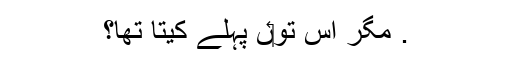
. مگر اس تو‏ں پہلے کیتا تھا؟